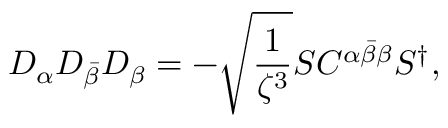
D _ { \alpha } D _ { \bar { \beta } } D _ { \beta } = - \sqrt { \frac { 1 } { \zeta ^ { 3 } } } S C ^ { \alpha \bar { \beta } \beta } S ^ { \dagger } ,